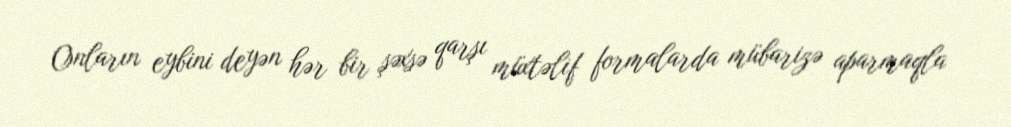
Onların eybini deyən hər bir şəxsə qarşı müxtəlif formalarda mübarizə aparmaqla